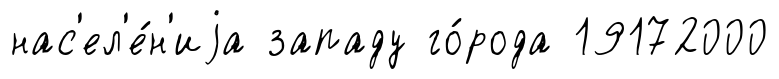
нас'ел'е́н'иjа западу го́рода 19172000